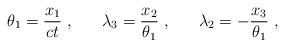
LaTeX: \begin{align*}\theta_1 = \frac {x_1}{ct} ~, ~~~~~ \lambda_3 = \frac {x_2}{\theta_1} ~, ~~~~~ \lambda_2 = - \frac {x_3}{\theta_1} ~,\end{align*}